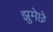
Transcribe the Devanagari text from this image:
झुमेछे